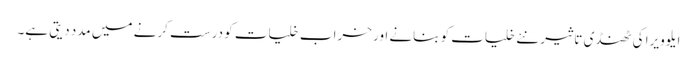
ا یلوویرا کی ٹھنڈی تاثیر نئے خلیات کو بنانے اور خراب خلیات کو درست کرنے میں مدد دیتی ہے۔